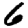
Digit: 6